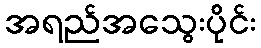
အရည်အသွေးပိုင်း